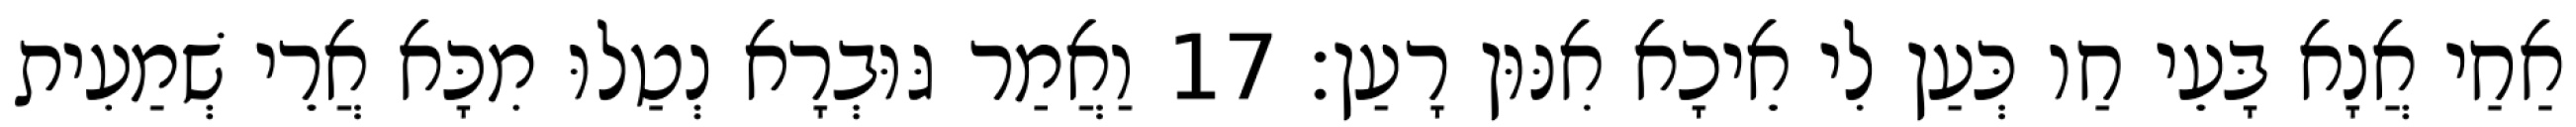
אַחַי אֲנָא בָּעֵי חַו כְּעַן לִי אֵיכָא אִנּוּן רָעַן׃ 17 וַאֲמַר גּוּבְרָא נְטַלוּ מִכָּא אֲרֵי שְׁמַעִית